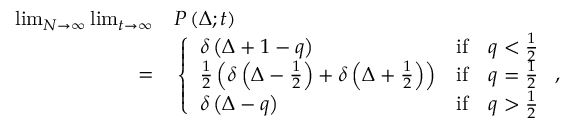
\begin{array} { r l } { \operatorname* { l i m } _ { N \to \infty } \operatorname* { l i m } _ { t \to \infty } } & { { } P \left( \Delta ; t \right) } \\ { = } & { { } \left\{ \begin{array} { l c c } { \delta \left( \Delta + 1 - q \right) } & { \mathrm { i f } } & { q < \frac { 1 } { 2 } } \\ { \frac { 1 } { 2 } \left( \delta \left( \Delta - \frac { 1 } { 2 } \right) + \delta \left( \Delta + \frac { 1 } { 2 } \right) \right) } & { \mathrm { i f } } & { q = \frac { 1 } { 2 } } \\ { \delta \left( \Delta - q \right) } & { \mathrm { i f } } & { q > \frac { 1 } { 2 } } \end{array} \right. , } \end{array}